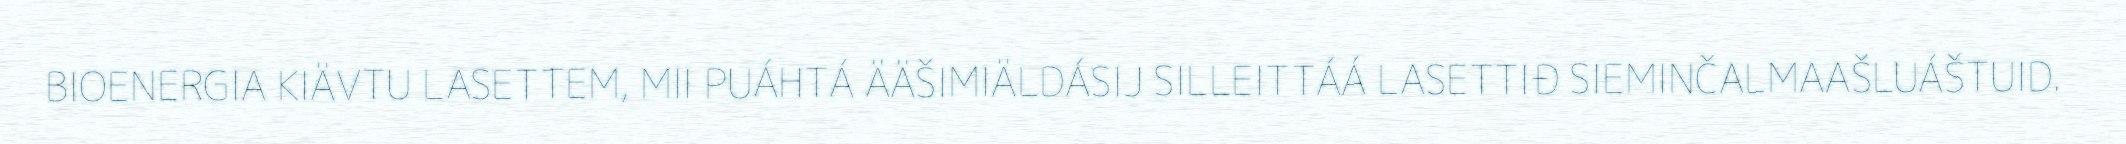
BIOENERGIA KIÄVTU LASETTEM, MII PUÁHTÁ ÄÄŠIMIÄLDÁSIJ SILLEITTÁÁ LASETTIĐ SIEMINČALMAAŠLUÁŠTUID.